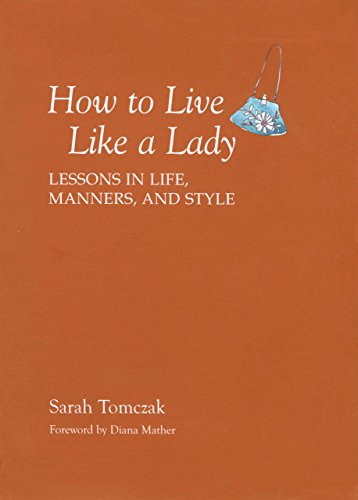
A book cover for How To Live Like A Lady: Lessons In Life, Manners, And Style; Sarah Tomczak; Reference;